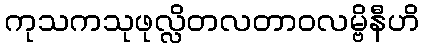
ကုသကသုဖုလ္လိတလတာဝလမ္ဗိနီဟိ